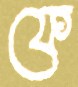
ফে